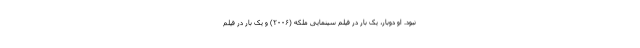
نبود. او دوبار، یک بار در فیلم سینمایی ملکه (۲۰۰۶) و یک بار در فیلم